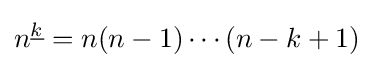
n^{\underline {k}}=n(n-1)\cdots (n-k+1)